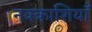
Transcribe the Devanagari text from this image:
नक्काशियाँ